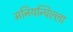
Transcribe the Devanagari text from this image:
मनियन्पिल्ला